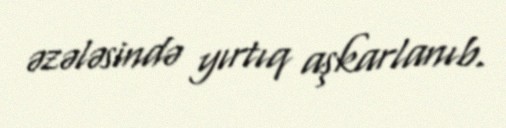
əzələsində yırtıq aşkarlanıb.